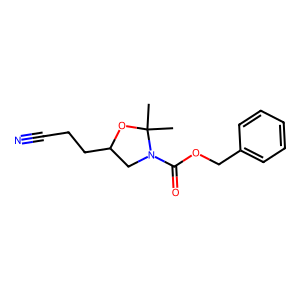
SMILES: CC1(C)OC(CCC#N)CN1C(=O)OCc1ccccc1
Inhibits HIV replication: No